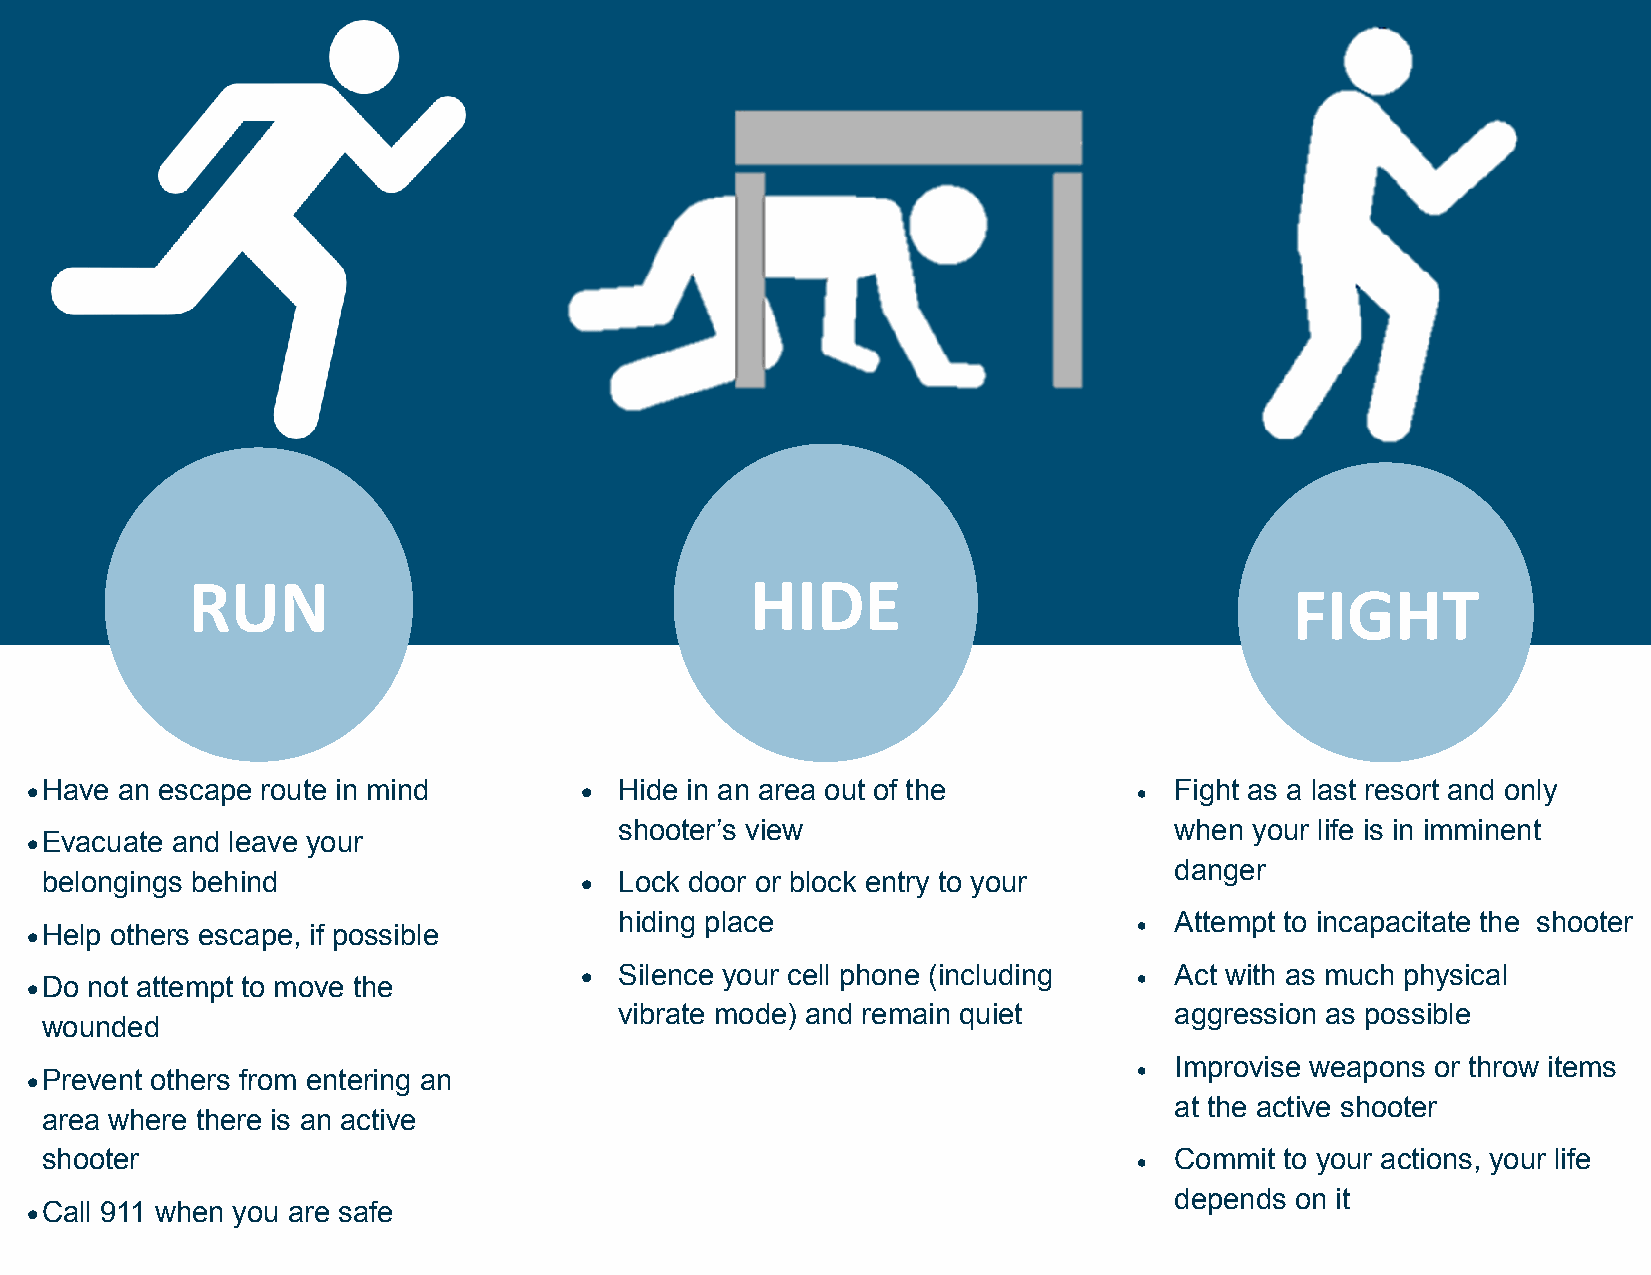
RUN                                   HIDE
 FIGHT
  Have an escape route in mind        Hide in an area out of the          Fight as a last resort and only
 shooter’s view                       when your life is in imminent
  Evacuate and leave your
 danger
 belongings behind                    Lock door or block entry to your
 hiding place                         Attempt to incapacitate the shooter
  Help others escape, if possible                                        
  Do not attempt to move the          Silence your cell phone (including  Act with as much physical
 vibrate mode) and remain quiet       aggression as possible
 wounded
 Improvise weapons or throw items
  Prevent others from entering an                                        
 at the active shooter
 area where there is an active
 shooter                                                                    Commit to your actions, your life
 
 depends on it
  Call 911 when you are safe